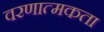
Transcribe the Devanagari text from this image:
वरणात्मकता